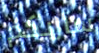
سأريكم